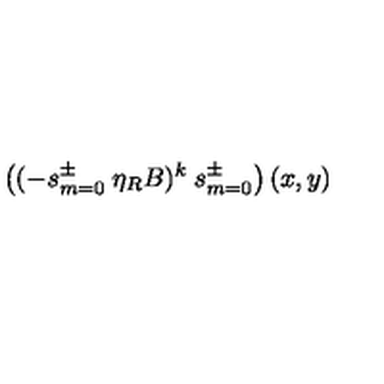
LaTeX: \left( ( - s _ { m = 0 } ^ { \pm } \: \eta _ { R } B ) ^ { k } \: s _ { m = 0 } ^ { \pm } \right) ( x , y )